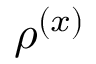
\rho ^ { ( x ) }